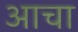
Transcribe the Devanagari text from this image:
आचा